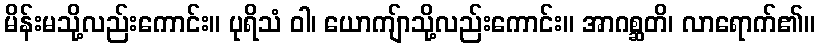
မိန်းမသို့လည်းကောင်း။ ပုရိသံ ဝါ၊ ယောကျ်ာသို့လည်းကောင်း။ အာဂစ္ဆတိ၊ လာရောက်၏။